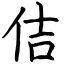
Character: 佶